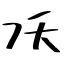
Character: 㓇